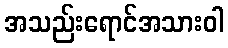
အသည်းရောင်အသားဝါ